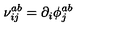
\nu _ { i j } ^ { a b } = \partial _ { i } \phi _ { j } ^ { a b }